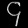
Digit: ၄